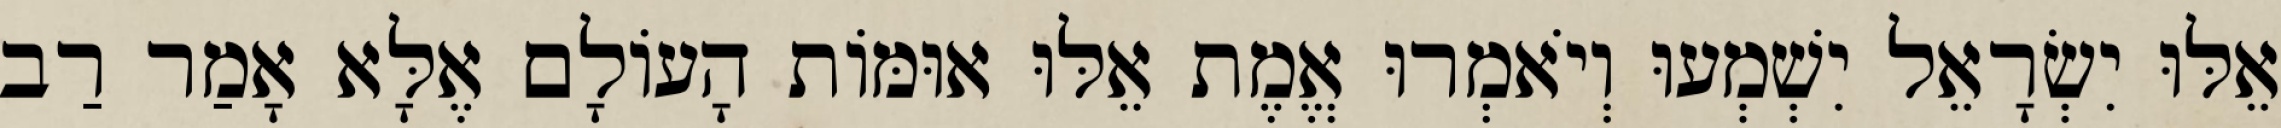
אֵלּוּ יִשְׂרָאֵל יִשְׁמְעוּ וְיֹאמְרוּ אֱמֶת אֵלּוּ אוּמּוֹת הָעוֹלָם אֶלָּא אָמַר רַב